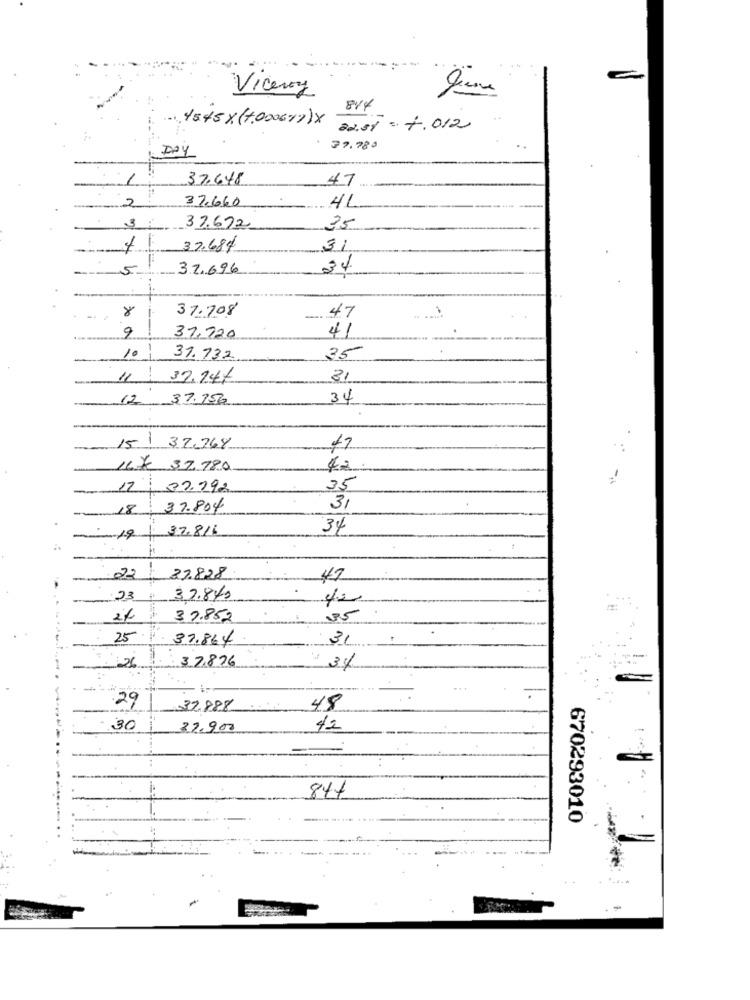
Viceroy
4545 x (+.0006%)x
22.31= 7.012
DAY
37.780
1
37,648
47
2
37.660
4L
3
37.672
2.5
37.684
31
5
32.696
34
8
37.708
.. 47
9
41
37,720
31.132
35
11 !
37,24/
31
12 37.756
34
15 37,764
ILK 37.780
42
17 39.192
35
18
37.804
31
37.816
34
-19
22
37.828
42
23
32.8%
24
37.852
25
37.864
3L
37,876
3%
29
32.888
48
30
32.900
42
-
847
670293010